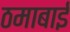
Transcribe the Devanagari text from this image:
ठमाबाई